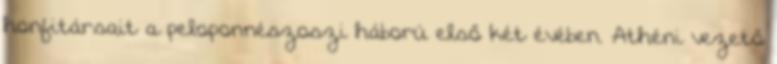
honfitársait a peloponnészoszi háború első két évében. Athéni vezető